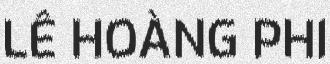
LÊ HOÀNG PHI